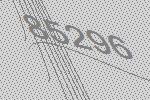
85296